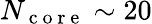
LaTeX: N_{\mathrm{~c~o~r~e~}}\sim 20